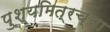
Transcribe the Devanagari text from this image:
पुश्यमित्रच्या